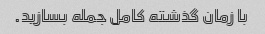
با زمان گذشته کامل جمله بسازید.